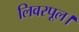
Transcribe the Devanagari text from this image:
लिवरपूल।